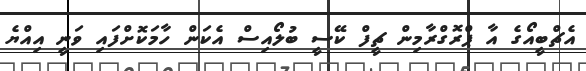
އެޗްބީއޯގެ އާ ޕްރޮގްރާމިން ޗީފް ކޭސީ ބުލޯއިސް އެކަން ހާމަކޮށްފައި ވަނީ އިއްޔެ